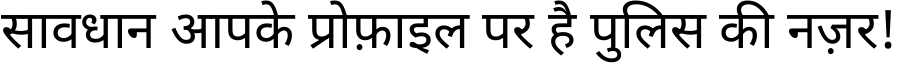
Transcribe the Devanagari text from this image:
सावधान आपके प्रोफ़ाइल पर है पुलिस की नज़र!